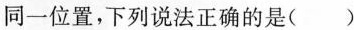
同一位置，下列说法正确的是( )